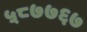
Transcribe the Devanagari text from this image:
५८७७६७